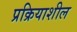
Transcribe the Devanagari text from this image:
प्रक्रियाशील